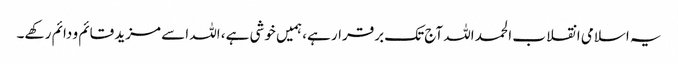
یہ اسلامی انقلاب الحمد اللہ آج تک برقرار ہے، ہمیں خوشی ہے، اللہ اسے مزید قائم و دائم رکهے۔